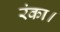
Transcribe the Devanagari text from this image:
रंका।